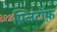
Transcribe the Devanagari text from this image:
फ़्लिंटॉफ़